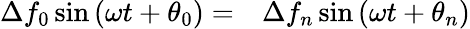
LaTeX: \begin{array}{rl}{\Delta f_{0}\sin{(\omega t+\theta_{0})}=}&{{}\Delta f_{n}\sin{(\omega t+\theta_{n})}}\end{array}